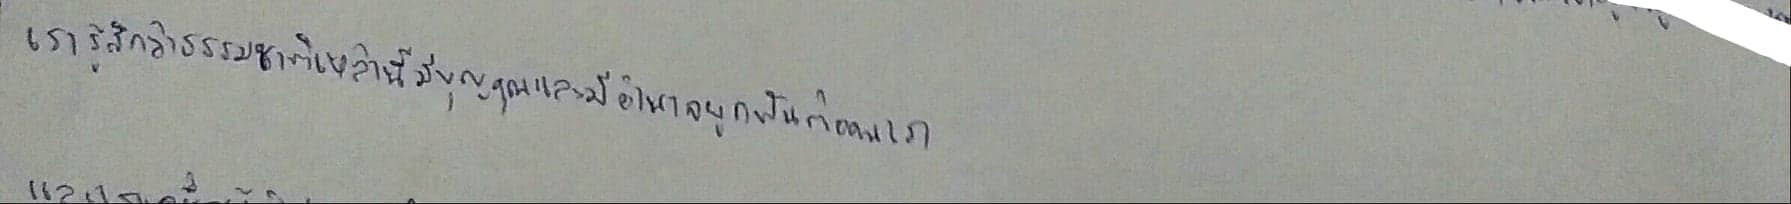
เรารู้สึกว่าธรรมชาติเหล่านี้มีบุญคุณและมีอำนาจผูกพันต่อคนเรา